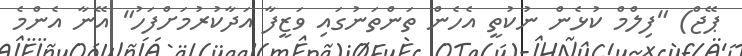
ޕޭޖް) "ފިލްމް ކުޅެން ނުކުތީ އެހެން ތަންތަނުގައި ވަޒީފާ އަދާކުރުމަށްފަހު" އޭނާ އެންމެ